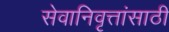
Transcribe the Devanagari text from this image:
सेवानिवृत्तांसाठी